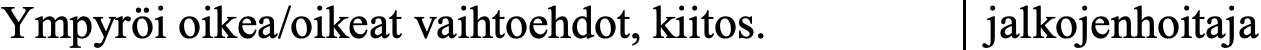
Ympyröi oikea/oikeat vaihtoehdot, kiitos. jalkojenhoitaja